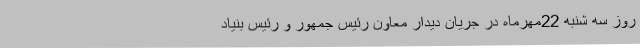
روز سه شنبه 22مهرماه در جریان دیدار معاون رئیس جمهور و رئیس بنیاد